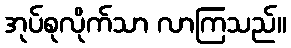
အုပ်စုလိုက်သာ လာကြသည်။